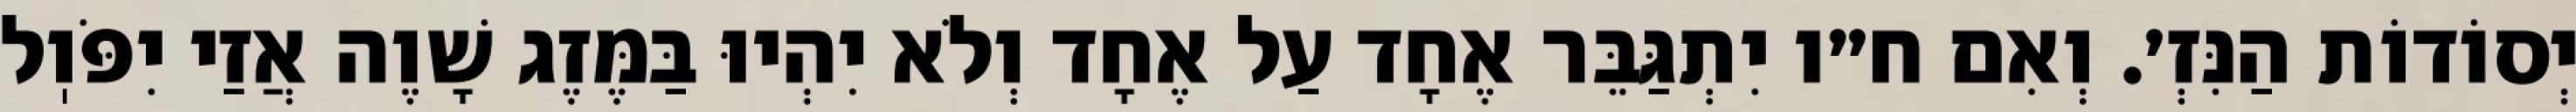
יְסוֹדוֹת הַנִּזְ׳. וְאִם ח״ו יִתְגַּבֵּר אֶחָד עַל אֶחָד וְלֹא יִהְיוּ בַּמֶּזֶג שָׁוֶה אֲזַי יִפֹּוֽל